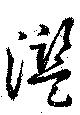
濫